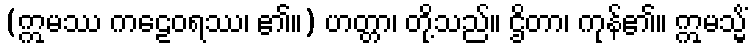
(ဣမဿ ကဠေဝရဿ၊ ၏။) ဟတ္တာ၊ တို့သည်။ ဌိတာ၊ ကုန်၏။ ဣမသ္မိံ